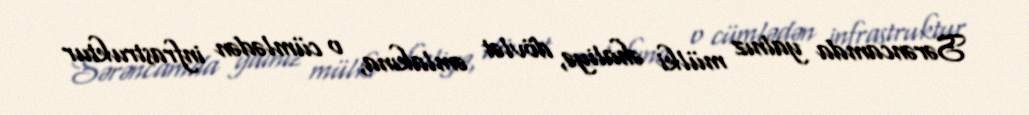
Sərəncamda yalnız mülki əhaliyə, dövlət əmlakına, o cümlədən infrastruktur